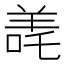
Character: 𬙳